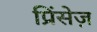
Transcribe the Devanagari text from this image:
प्रिंसेज़